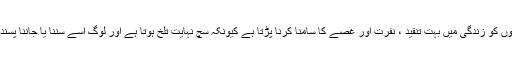
عظیم لکھاریوں کو زندگی میں بہت تنقید ، نفرت اور غصے کا سامنا کرنا پڑتا ہے کیونکہ سچ نہایت تلخ ہوتا ہے اور لوگ اسے سننا یا جاننا پسند نہیں کرتے۔